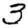
Digit: 3